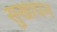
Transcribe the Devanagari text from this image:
सुखापन